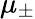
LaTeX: \mu_{\pm}